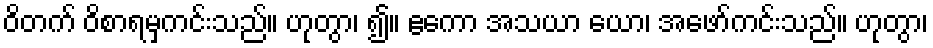
ဝိတက် ဝိစာရမှကင်းသည်။ ဟုတွာ၊ ၍။ ဧကော အသယာ ယော၊ အဖော်ကင်းသည်။ ဟုတွာ၊